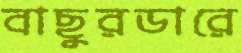
বাছুরডারে